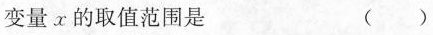
变量x的取值范围是 （）